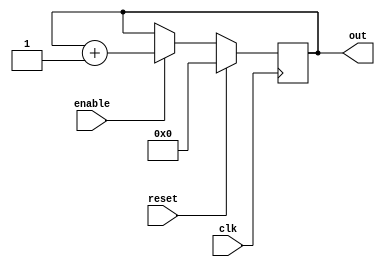
module up_counter    (
out     ,  // Output of the counter
enable  ,  // enable for counter
clk     ,  // clock Input
reset      // reset Input
);

output [3:0] out;
//you can alternately write this as output reg [7:0] out;
input enable, clk, reset;
//------------Internal Variables--------
reg [3:0] out; 



always @(posedge clk)
if (reset) begin //reset ==1
  out = 4'b0 ;
end 
else if (enable) begin //reset =0
  out = out + 1;
end

endmodule